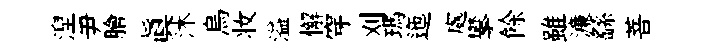
湼尹膾真沐烏妆溢懈穿刈瑪迤處攀餘雖濓繇菩